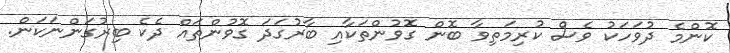
ކޮންމެ ދުވަހަކު ވެސް ކުރިމަތިވާ ބޮން ގޮވުންތަކާއި ބާރުގަދަ ގޮވުންތައް ދެކެ ބިރުގަންނަކަން.